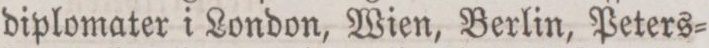
diplomater i London, Wien, Berlin, Peters=